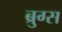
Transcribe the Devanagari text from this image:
ब्रुग्स